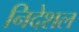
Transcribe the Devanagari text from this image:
निदेशल